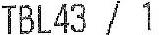
TBL43 / 1